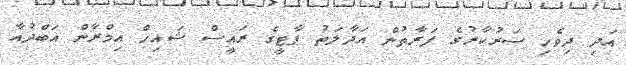
އަދި ދިވެހި ސަރުކާރުގެ ފަރާތުން އަދާލަތު ޕާޓީގެ ރައީސް ޝައިހް އިމްރާން އަބްދުއާ